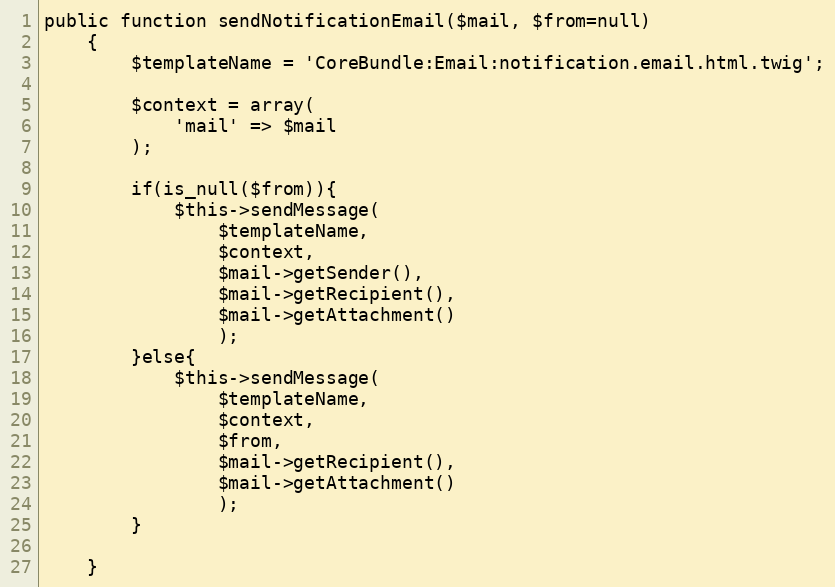
Language: PHP
public function sendNotificationEmail($mail, $from=null)
    {
        $templateName = 'CoreBundle:Email:notification.email.html.twig';

        $context = array(
            'mail' => $mail
        );

        if(is_null($from)){
            $this->sendMessage(
                $templateName,
                $context,
                $mail->getSender(),
                $mail->getRecipient(),
                $mail->getAttachment()
                );
        }else{
            $this->sendMessage(
                $templateName,
                $context,
                $from,
                $mail->getRecipient(),
                $mail->getAttachment()
                );
        }

    }